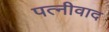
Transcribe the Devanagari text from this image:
पत्नीवाद